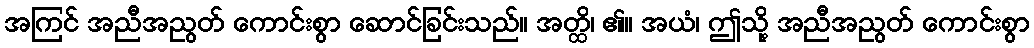
အကြင် အညီအညွတ် ကောင်းစွာ ဆောင်ခြင်းသည်။ အတ္ထိ၊ ၏။ အယံ၊ ဤသို့ အညီအညွတ် ကောင်းစွာ